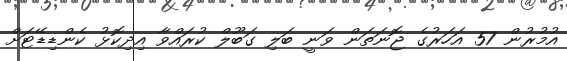
އުމުރުން 57 އަހަރުގެ ޖޮނަތަން ވަނީ ބަލި ގަބޫލް ކުރައްވާ އިދިކޮޅު ކެންޑިޑޭޓަށް